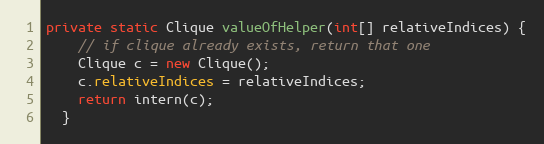
Language: Java
private static Clique valueOfHelper(int[] relativeIndices) {
    // if clique already exists, return that one
    Clique c = new Clique();
    c.relativeIndices = relativeIndices;
    return intern(c);
  }